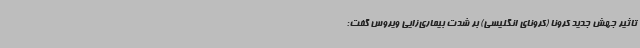
تاثیر جهش جدید کرونا (کرونای انگلیسی) بر شدت بیماری‌زایی ویروس گفت: